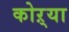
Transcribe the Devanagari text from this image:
कोऱ्‍या